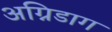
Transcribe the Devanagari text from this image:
अग्निडाग